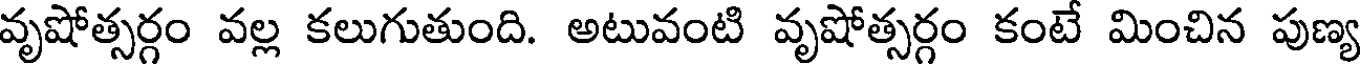
వృషోత్సర్గం వల్ల కలుగుతుంది. అటువంటి వృషోత్సర్గం కంటే మించిన పుణ్య